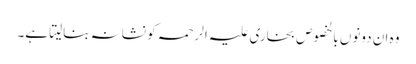
وہ ان دونوں بالخصوص بخاری علیہ الرحمہ کو نشانہ بنالیتا ہے۔